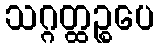
သဂ္ဂတ္ထဉ္စပေ